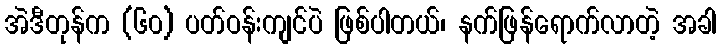
အဲဒီတုန်က (၆၀) ပတ်ဝန်းကျင်ပဲ ဖြစ်ပါတယ်၊ နက်ဖြန်ရောက်လာတဲ့ အခါ